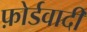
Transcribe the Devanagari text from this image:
फ़ोर्डवादी